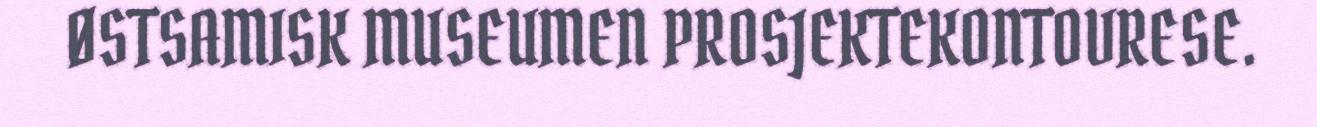
ØSTSAMISK MUSEUMEN PROSJEKTEKONTOVRESE.